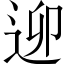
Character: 𨒖